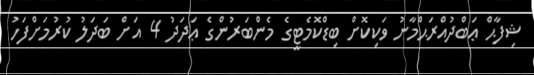
ޝިފާޙް ޢަބްދުއްރަޙްމާނު ވަކިކޮށް ބިޑްކޮމެޓީގެ މެންބަރުންގެ ޢަދަދު 4 އަށް ބަދަލު ކުރުމަށްފަހު